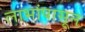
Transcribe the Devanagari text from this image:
लाभांपासून